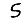
Digit: 5